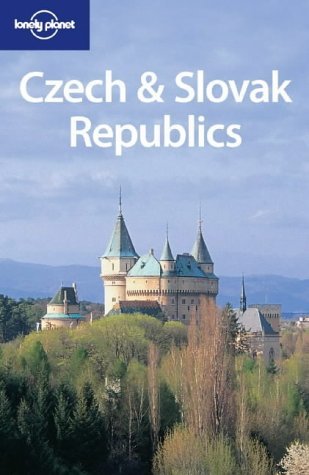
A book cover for Lonely Planet Czech & Slovak Republics (Lonely Planet Czech and Slovak Republics); Neal Bedford; Travel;